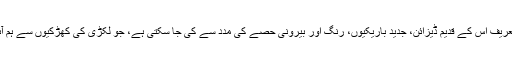
اِس کی تعریف اِس کے قدیم ڈیزائن، جدید باریکیوں، رنگ اور بیرونی حصے کی مدد سے کی جا سکتی ہے، جو لکڑی کی کھڑکیوں سے ہم آہنگ ہے۔